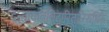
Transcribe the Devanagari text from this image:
दन्ताघातविदारितारिरुधिरैः